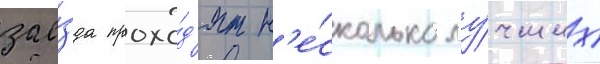
зае́зда прохо́д'ят н'е́сколько лу́чших